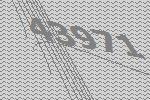
43971